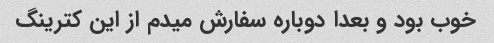
خوب بود و بعدا دوباره سفارش میدم از این کترینگ